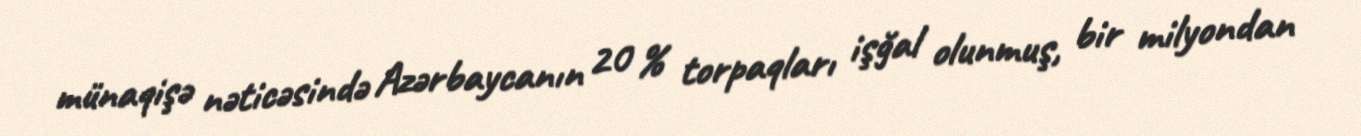
münaqişə nəticəsində Azərbaycanın 20 % torpaqları işğal olunmuş, bir milyondan